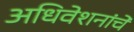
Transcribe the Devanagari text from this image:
अधिवेशनांचे